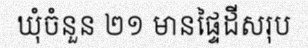
ឃុំចំនួន ២១ មានផ្ទៃដីសរុប